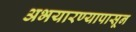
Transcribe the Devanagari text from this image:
अभयारण्यापासून